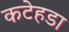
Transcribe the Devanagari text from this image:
कटेहडा